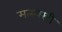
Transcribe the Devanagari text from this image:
मत्स्यस्त्री